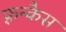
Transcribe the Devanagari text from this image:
फ़्रन्कैस